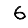
Digit: 6